Vaccination North-Western Provinces and Oudh 1878-1895 - 1878-1895
Year: 1878
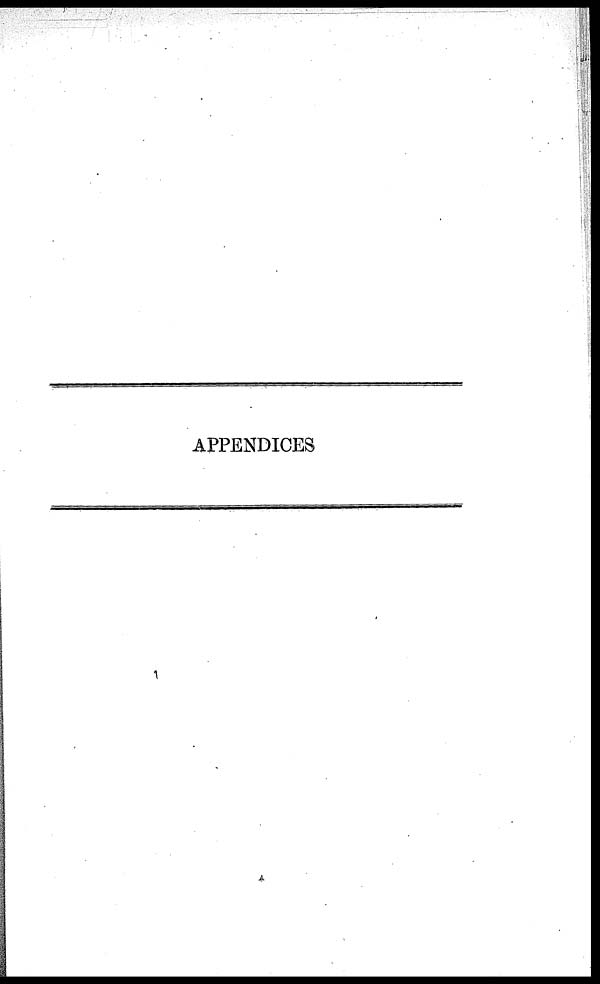
APPENDICES